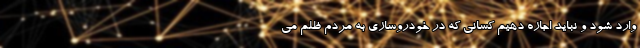
وارد شود و نباید اجازه دهیم کسانی که در خودروسازی به مردم ظلم می